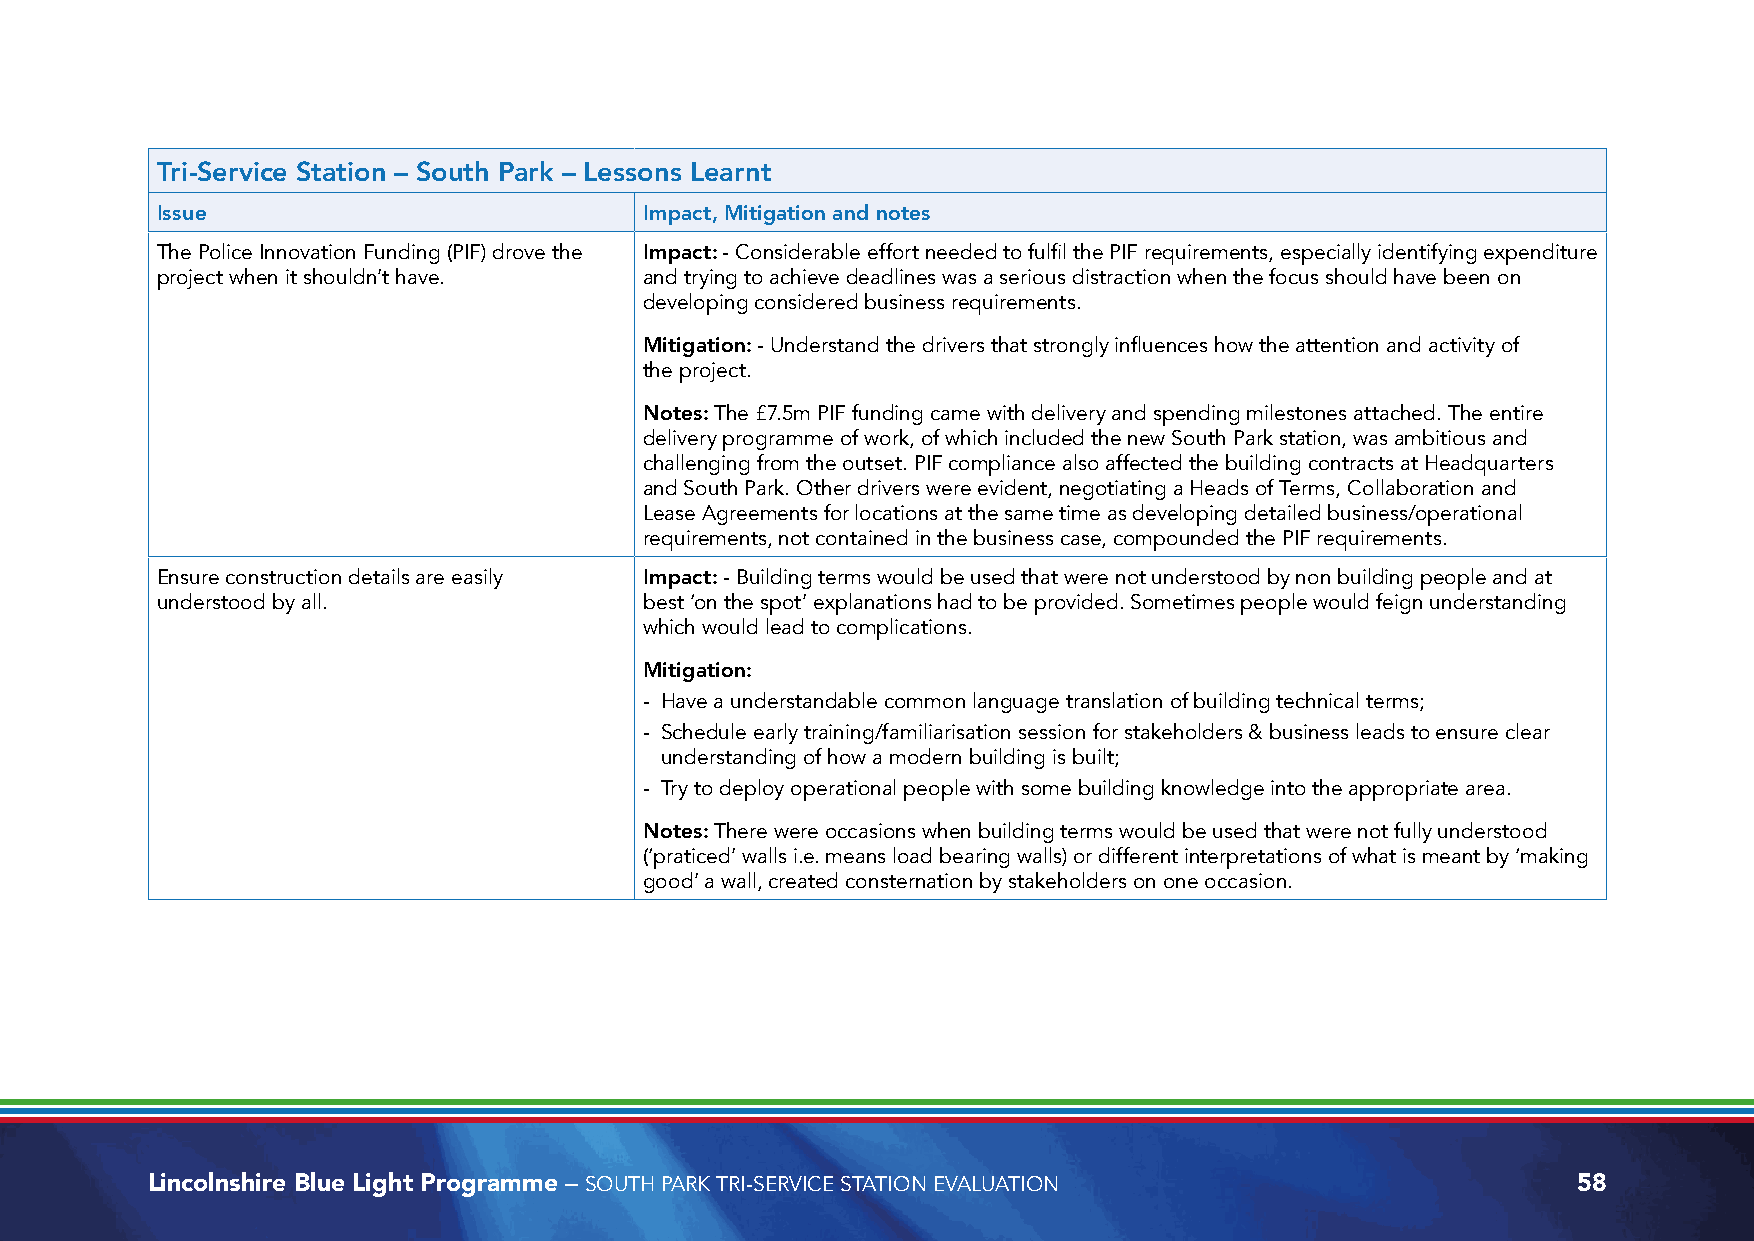
Tri-Service Station – South Park – Lessons Learnt
 Issue                            Impact, Mitigation and notes
 The Police Innovation Funding (PIF) drove the Impact: - Considerable effort needed to fulfil the PIF requirements, especially identifying expenditure
 project when it shouldn’t have.  and trying to achieve deadlines was a serious distraction when the focus should have been on
 developing considered business requirements.
 Mitigation: - Understand the drivers that strongly influences how the attention and activity of
 the project.
 Notes: The £7.5m PIF funding came with delivery and spending milestones attached. The entire
 delivery programme of work, of which included the new South Park station, was ambitious and
 challenging from the outset. PIF compliance also affected the building contracts at Headquarters
 and South Park. Other drivers were evident, negotiating a Heads of Terms, Collaboration and
 Lease Agreements for locations at the same time as developing detailed business/operational
 requirements, not contained in the business case, compounded the PIF requirements.
 Ensure construction details are easily Impact: - Building terms would be used that were not understood by non building people and at
 understood by all.               best ‘on the spot’ explanations had to be provided. Sometimes people would feign understanding
 which would lead to complications.
 Mitigation:
 - Have a understandable common language translation of building technical terms;
 - Schedule early training/familiarisation session for stakeholders & business leads to ensure clear
 understanding of how a modern building is built;
 - Try to deploy operational people with some building knowledge into the appropriate area.
 Notes: There were occasions when building terms would be used that were not fully understood
 (‘praticed’ walls i.e. means load bearing walls) or different interpretations of what is meant by ‘making
 good’ a wall, created consternation by stakeholders on one occasion.
 Lincolnshire Blue Light Programme – SOUTH PARK TRI-SERVICE STATION EVALUATION                 58